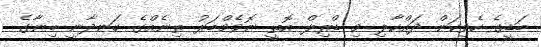
ބަޑީގެ ހެވިކަން ދައްކާލި މި ޑްރިލް އޮތީ ނޮވެމްބަރު ތިނެއްގެ ހަނދާނީ ބިނާގެ